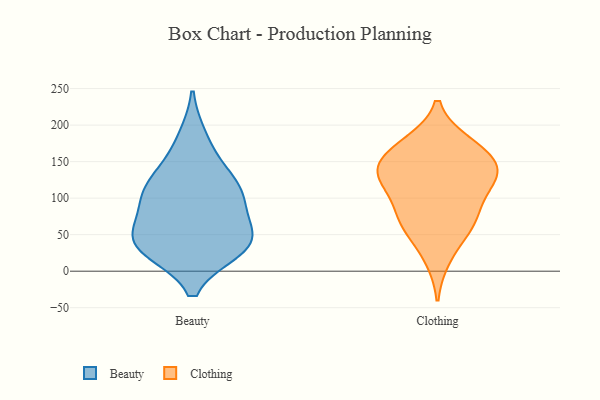
{"axis": {"x": "Net Income (USD K)", "y": "Value"}, "legend": ["Beauty", "Clothing"], "data": [{"x": "", "y": 105, "type": "Beauty"}, {"x": "", "y": 108, "type": "Beauty"}, {"x": "", "y": 94, "type": "Beauty"}, {"x": "", "y": 62, "type": "Beauty"}, {"x": "", "y": 182, "type": "Beauty"}, {"x": "", "y": 38, "type": "Beauty"}, {"x": "", "y": 116, "type": "Beauty"}, {"x": "", "y": 30, "type": "Beauty"}, {"x": "", "y": 39, "type": "Beauty"}, {"x": "", "y": 44, "type": "Beauty"}, {"x": "", "y": 31, "type": "Beauty"}, {"x": "", "y": 142, "type": "Beauty"}, {"x": "", "y": 127, "type": "Clothing"}, {"x": "", "y": 79, "type": "Clothing"}, {"x": "", "y": 132, "type": "Clothing"}, {"x": "", "y": 175, "type": "Clothing"}, {"x": "", "y": 104, "type": "Clothing"}, {"x": "", "y": 120, "type": "Clothing"}, {"x": "", "y": 65, "type": "Clothing"}, {"x": "", "y": 140, "type": "Clothing"}, {"x": "", "y": 18, "type": "Clothing"}, {"x": "", "y": 162, "type": "Clothing"}, {"x": "", "y": 71, "type": "Clothing"}, {"x": "", "y": 137, "type": "Clothing"}, {"x": "", "y": 56, "type": "Clothing"}, {"x": "", "y": 175, "type": "Clothing"}, {"x": "", "y": 151, "type": "Clothing"}]}